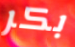
بكر